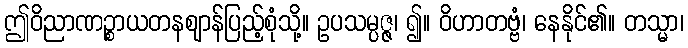
ဤဝိညာဏဉ္စာယတနဈာန်ပြည့်စုံသို့။ ဥပသမ္ပဇ္ဇ၊ ၍။ ဝိဟာတဗ္ဗံ၊ နေနိုင်၏။ တသ္မာ၊